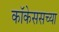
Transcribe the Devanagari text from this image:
कॉकेससच्या